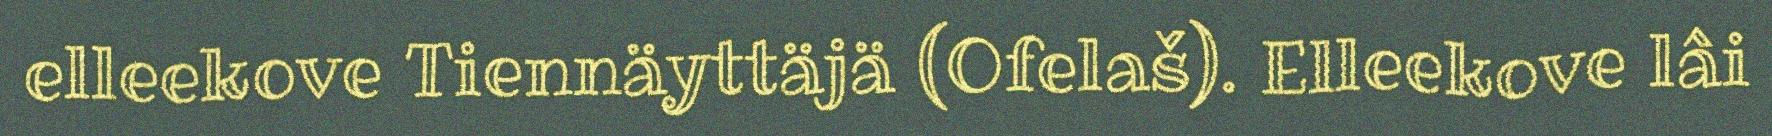
elleekove Tiennäyttäjä (Ofelaš). Elleekove lâi